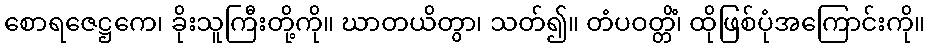
စောရဇေဋ္ဌကေ၊ ခိုးသူကြီးတို့ကို။ ဃာတယိတွာ၊ သတ်၍။ တံပဝတ္တိံ၊ ထိုဖြစ်ပုံအကြောင်းကို။